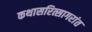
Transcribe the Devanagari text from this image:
कथासरित्सागरांत